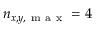
n _ { x , y , \mathrm { ~ m ~ a ~ x ~ } } = 4